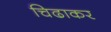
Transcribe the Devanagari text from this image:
चिढाकर